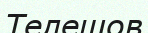
Телешов